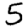
Digit: 5